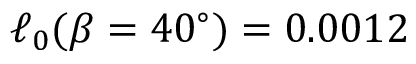
\ell _ { 0 } ( \beta = 4 0 ^ { \circ } ) = 0 . 0 0 1 2